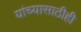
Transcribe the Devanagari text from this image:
यांच्यासाठीही